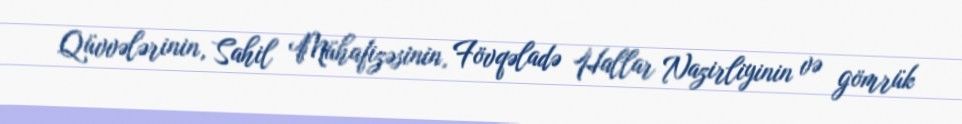
Qüvvələrinin, Sahil Mühafizəsinin, Fövqəladə Hallar Nazirliyinin və gömrük